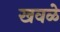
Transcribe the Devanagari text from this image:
खवळे